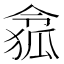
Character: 𠍐